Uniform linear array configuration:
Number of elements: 8
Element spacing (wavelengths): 0.5
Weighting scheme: exponential
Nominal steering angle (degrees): -30
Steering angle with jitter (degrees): -30.039
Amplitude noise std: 0.05
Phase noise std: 0.05

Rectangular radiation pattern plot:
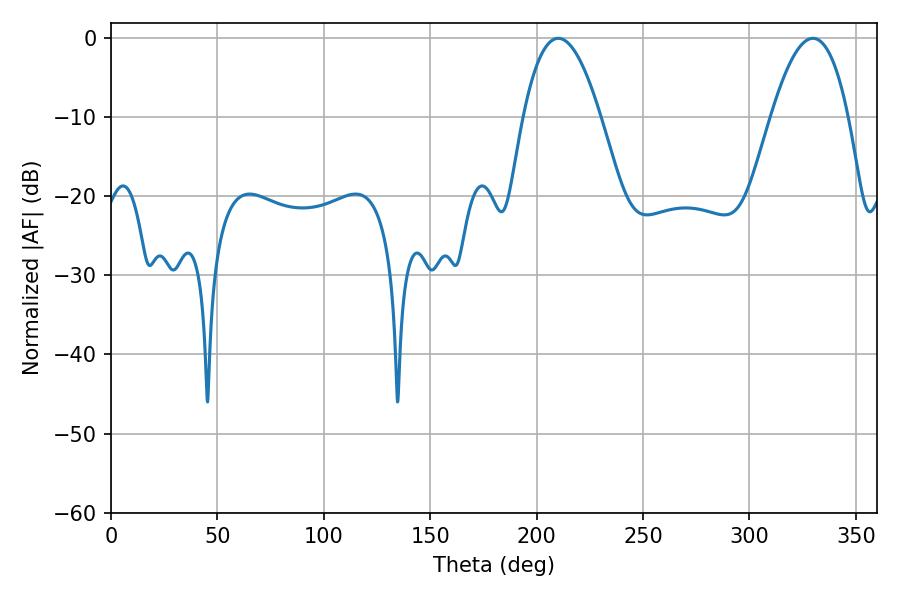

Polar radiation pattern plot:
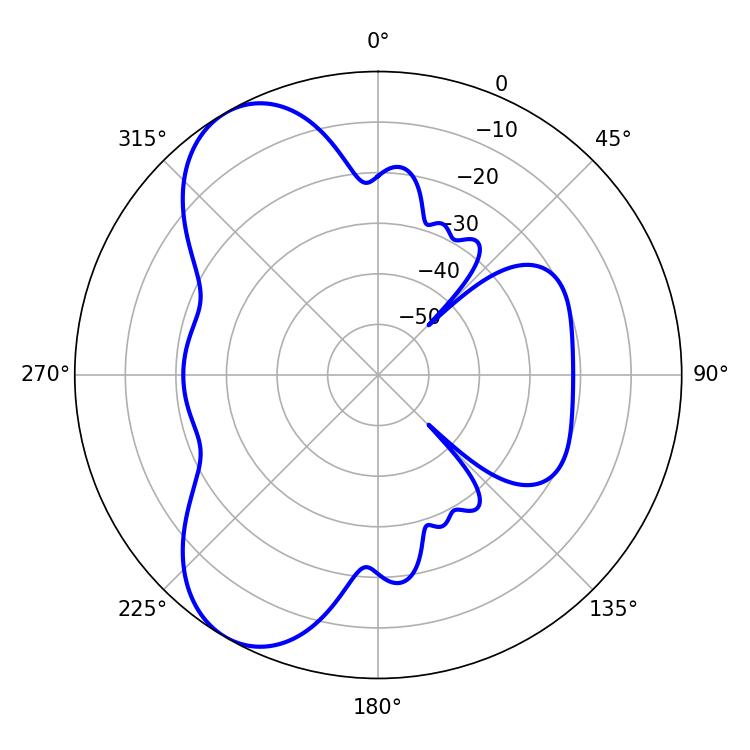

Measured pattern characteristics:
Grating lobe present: FALSE
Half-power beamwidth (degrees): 19.98
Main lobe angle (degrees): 210.24